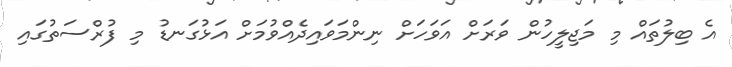
އެ ބިލުތައް މި މަޖިލީހުން ވަރަށް އަވަހަށް ނިންމަވައިދެއްވުމަށް އަޅުގަނޑު މި ފުރްސަތުގައި